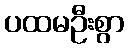
ပထမဦးစွာ